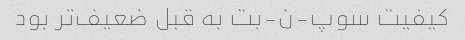
کیفیت سوپ-ن-بت به قبل ضعیف‌تر بود